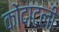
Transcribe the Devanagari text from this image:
कोंदाटली